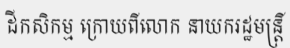
ដីកសិកម្ម ក្រោយពីលោក នាយករដ្ឋមន្ត្រី